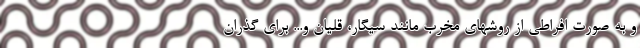
و به صورت افراطی از روشهای مخرب مانند سیگار، قلیان و... برای گذران